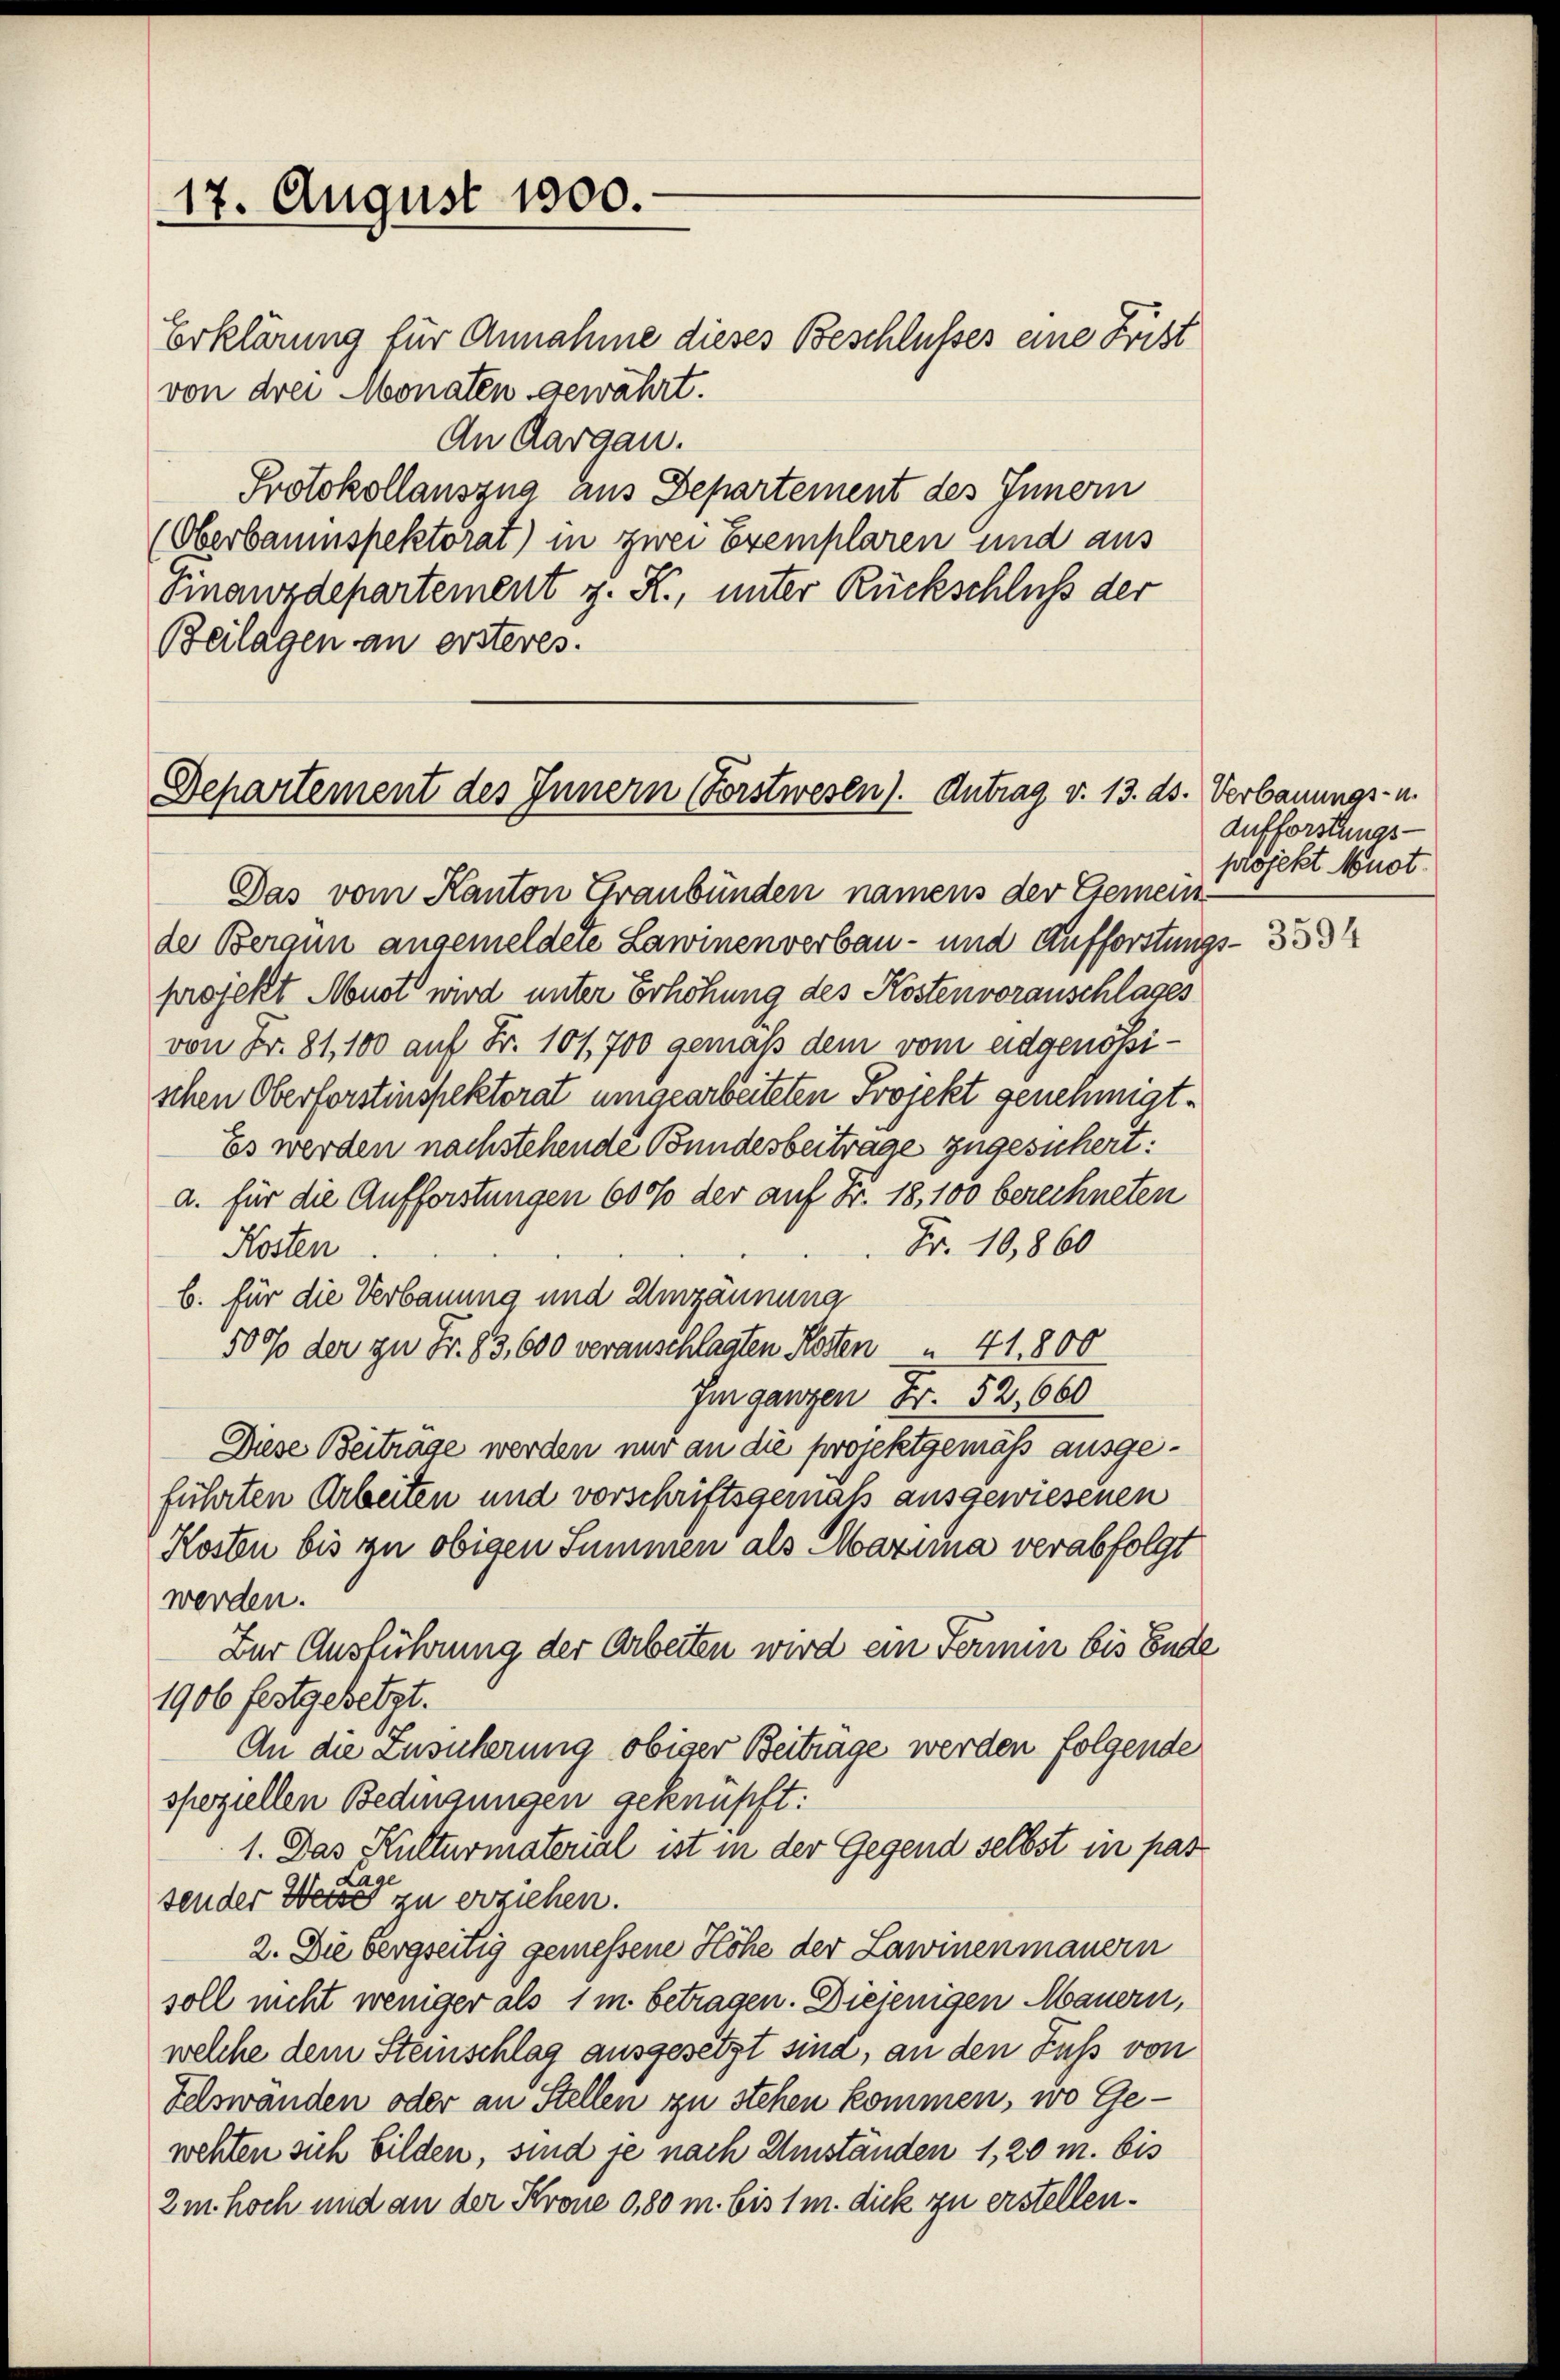
17. August 1800.

Erklärung für Annahme dieses Beschlusses eine Frist
von drei Monaten gewährt.
An Aargau.
Protokollauszug aus Departement des Innern
(Oberbaumspektorat) in zwei Exemplaren und aus
Finanzdepartement z. R., unter Rückschluß der
Beilagen an ersteres.

Das vom Kanton Graubünden namens der Gemein-
de Berain angemeldete Lawinenverbau- und Aufforstungs- 3334
projekt Neust wird unter Erhöhung des Kostenvorauschlages
von Fr. 81, 100 auf Fr. 101,700 gemäß dem vom eidgenößischen Oberforstinspektorat umgearbeiteten Projekt genehmigt.
Es werden nachstehende Bundesbeitrage zugesichert:
a. für die Aufforstungen 600% der auf Fr. 18,100 berechneten
Fr. 10,860
Kosten
b. für die Verbauung und Umzäunung
50% der zu Fr. 83,600 veranschlagten Kosten  41,800
Im ganzen Fr. 52,660
Diese Beiträge werden nur an die projektgemäss ausgeführten Arbeiten und vorschriftsgemäß ausgewiesenen
Kosten bis zu obigen Summen als Marina verabfolgt
werden.
Bur Ausführung der Arbeiten wird ein Fermin bis Ende
1906 festgesetzt.
An die Zusicherung obiger Beiträge werden folgende
speziellen Bedingungen geknüpft:
1. Das Kulturmaterial ist in der Gegend selbst in pas
sender Weise zu erziehen.
2. Die bergseitig gemessene Höhe der Lawinenmauern
soll nicht weniger als 1 m betragen. Diejenigen Mauern,
welche dem Steinschlag ausgesetzt sind, an den Fuß von
Felswänden oder an Stellen zu stehen kommen, wo Gewehten sich bilden, sind je nach Umständen 1,20 m. bis
2m hoch und an der Krone 0,80 m bis 1 m. dick zu erstellen.

Departement des Innern Forstwesen). Antrag v. 13. ds. Verbauungs- u.

Aufforstungs-
projekt Must